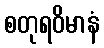
စတုရဝိမာနံ